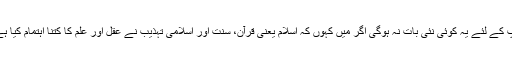
آپ کے لئے یہ کوئی نئی بات نہ ہوگی اگر میں کہوں کہ اسلام یعنی قرآن، سنت اور اسلامی تہذیب نے عقل اور علم کا کتنا اہتمام کیا ہے۔